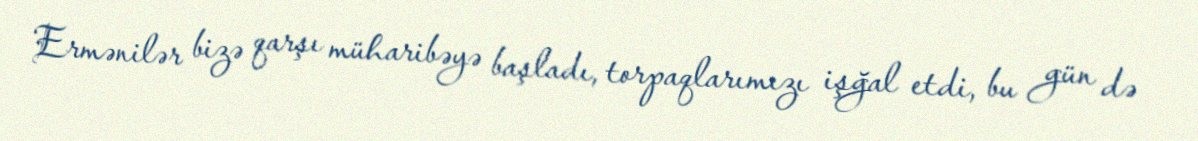
Ermənilər bizə qarşı müharibəyə başladı, torpaqlarımızı işğal etdi, bu gün də